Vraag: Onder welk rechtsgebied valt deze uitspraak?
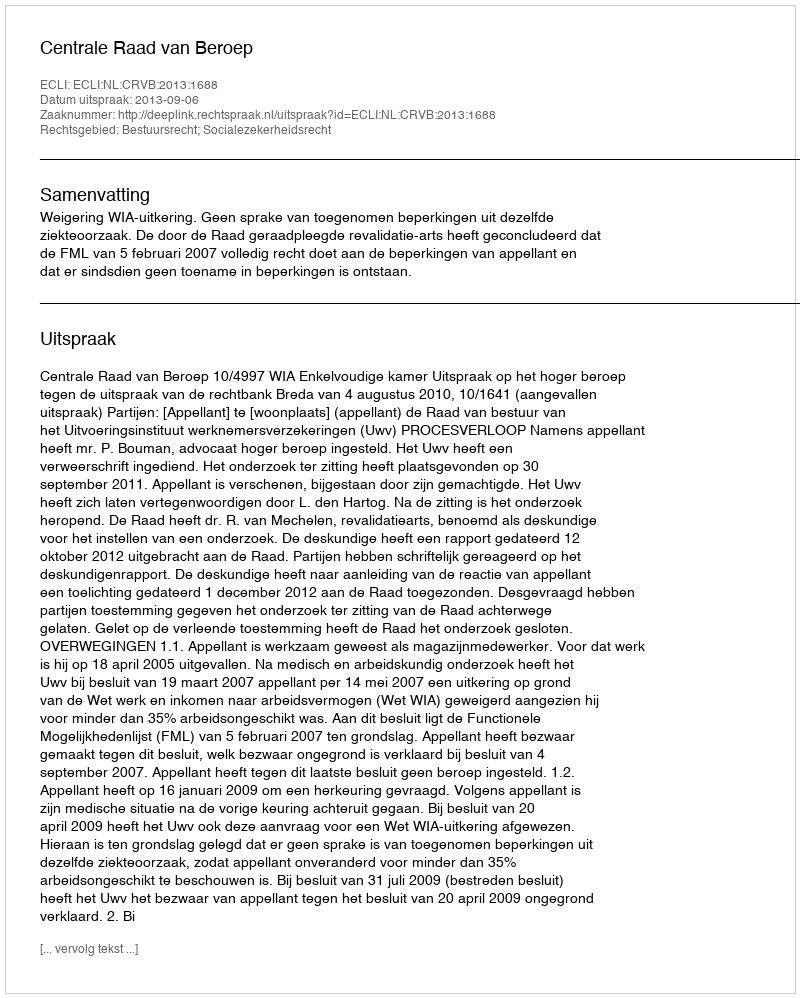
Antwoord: Bestuursrecht; Socialezekerheidsrecht